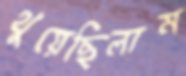
থুয়েছিলাম